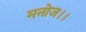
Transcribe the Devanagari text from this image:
मनोज।।